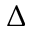
\boldsymbol { \Delta }